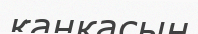
қаңқасын